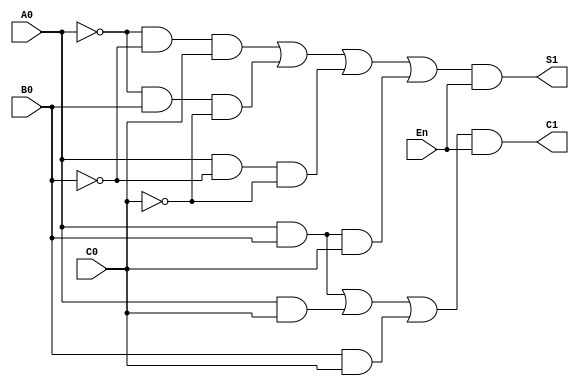
module Full_Adder_1_3(input En,A0,B0,C0,output S1,C1);
	assign C1=((A0&B0)|(A0&C0)|(B0&C0))&En;
	assign S1=((~A0&~B0&C0  )|( ~A0&B0&~C0  )|( A0&~B0&~C0 )|(A0&B0&C0))&En;
endmodule